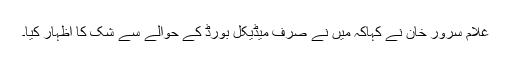
غلام سرور خان نے کہاکہ میں نے صرف میڈیکل بورڈ کے حوالے سے شک کا اظہار کیا۔